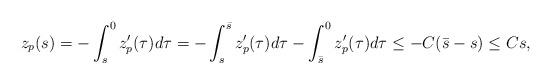
LaTeX: \begin{align*}z_p(s)=-\int_s^0 z_p'(\tau)d\tau =-\int_s^{\bar{s}} z_p'(\tau)d\tau-\int_{\bar{s}}^0 z_p'(\tau)d\tau \leq -C(\bar{s}-s) \leq C s,\end{align*}